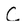
Character: C